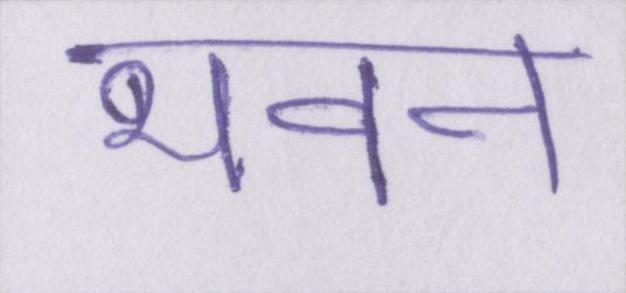
भवन